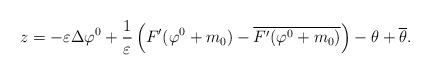
\begin{align*} z = - \varepsilon \Delta \varphi^0 + \frac1\varepsilon \left( F'(\varphi^0+m_0) - \overline{F'(\varphi^0+m_0)} \right) - \theta + \overline{\theta}.\end{align*}